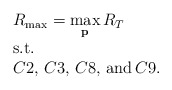
\begin{align*}\begin{array}{l}R_{\max}=\mathop {\max }\limits_{\bf p} {R_T}\\{\rm{s}}{\rm{.t}}{\rm{.}}\\C2,\,C3,\,C8,\,{\rm and}\,C9.\end{array}\end{align*}